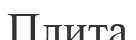
Плита